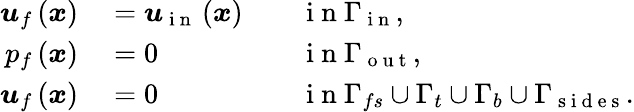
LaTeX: \begin{array}{rlrl}{\boldsymbol{u}_{f}\left(\boldsymbol{x}\right)}&{{}=\boldsymbol{u}_{\mathrm{~i~n~}}\left(\boldsymbol{x}\right)}&{}&{{}\mathrm{~i~n~}\Gamma_{\mathrm{~i~n~}},}\\ {p_{f}\left(\boldsymbol{x}\right)}&{{}=0}&{}&{{}\mathrm{~i~n~}\Gamma_{\mathrm{~o~u~t~}},}\\ {\boldsymbol{u}_{f}\left(\boldsymbol{x}\right)}&{{}=0}&{}&{{}\mathrm{~i~n~}\Gamma_{fs}\cup\Gamma_{t}\cup\Gamma_{b}\cup\Gamma_{\mathrm{~s~i~d~e~s~}}.}\end{array}